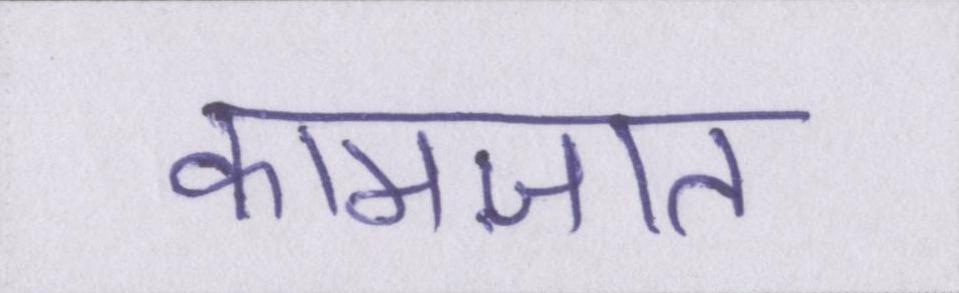
कामज़ात